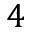
4